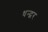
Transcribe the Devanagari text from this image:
धन्द्वर